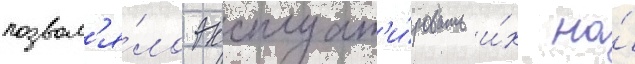
позвол'я́ло эксплуат'и́ровать и́х на́